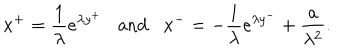
LaTeX: x ^ { + } = { \frac { 1 } { \lambda } } e ^ { \lambda y ^ { + } } \mathrm { a n d } x ^ { - } = - { \frac { 1 } { \lambda } } e ^ { \lambda y ^ { - } } + { \frac { a } { \lambda ^ { 2 } } } .